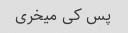
پس کی میخری